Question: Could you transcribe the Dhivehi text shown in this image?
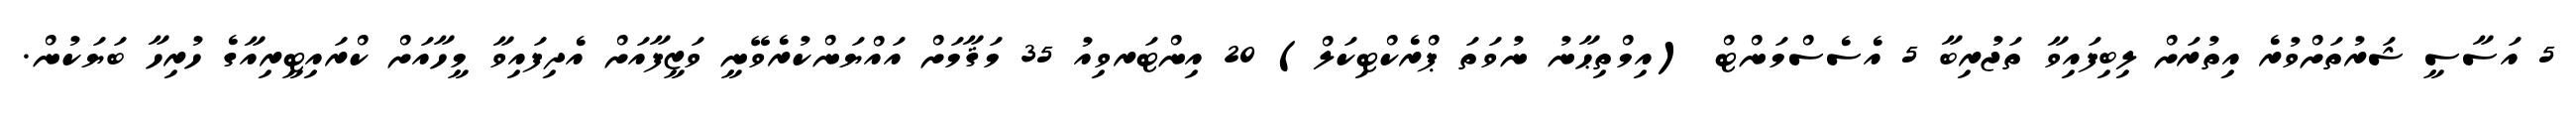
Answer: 5 އަސާސީ ޝަރުތަށްވުރެ އިތުރަށް ލިބިފައިވާ ތަޖުރިބާ 5 އެސެސްމަންޓް (އިމްތިޙާނު ނުވަތަ ޕްރެކްޓިކަލް) 20 އިންޓަރވިއު 35 މަޤާމަށް އައްޔަންކުރެވޭނީ ވަޒީފާއަށް އެދިފައިވާ މީހާއަށް ކްރައިޓީރިއާގެ ހުރިހާ ބަޔަކުން.